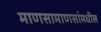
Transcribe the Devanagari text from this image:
माणसामाणसांमधील